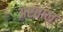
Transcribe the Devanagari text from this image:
अष्टताल